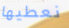
نعطيها